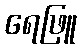
ရေဖြူ